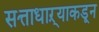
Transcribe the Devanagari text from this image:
सत्ताधाऱ्याकडून